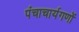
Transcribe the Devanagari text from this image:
पंचाचार्यगणों